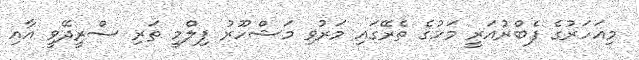
މިއަހަރުގެ ފެބްރުއަރީ މަހުގެ ތެރޭގައި މަރުވި މަޝްހޫރު ފިލްމީ ތަރި ސްރީދޭވީ އާއި